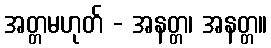
အတ္တမဟုတ် - အနတ္တ၊ အနတ္တ။